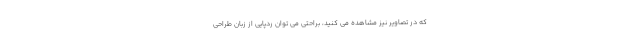
که در تصاویر نیز مشاهده می کنید، براحتی می توان ردپایی از زبان طراحی